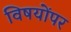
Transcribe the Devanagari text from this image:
विषयोंपर